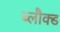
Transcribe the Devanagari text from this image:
ब्लौक्ड